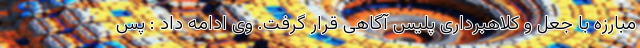
مبارزه با جعل و کلاهبرداری پلیس آگاهی قرار گرفت. وی ادامه داد : پس